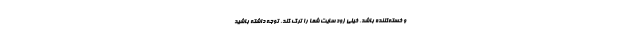
و خسته‌کننده باشد، خیلی زود سایت شما را ترک کند. توجه داشته باشید